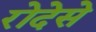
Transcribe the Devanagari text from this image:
रोदेसे